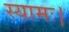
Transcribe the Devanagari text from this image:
स्यामः।